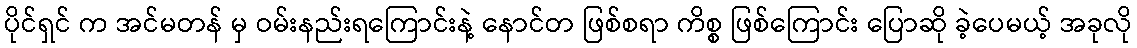
ပိုင်ရှင် က အင်မတန် မှ ဝမ်းနည်းရကြောင်းနဲ့ နောင်တ ဖြစ်စရာ ကိစ္စ ဖြစ်ကြောင်း ပြောဆို ခဲ့ပေမယ့် အခုလို